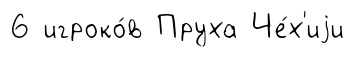
6 игроко́в Пруха Че́х'иjи